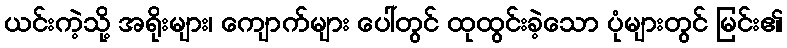
ယင်းကဲ့သို့ အရိုးများ၊ ကျောက်များ ပေါ်တွင် ထုထွင်းခဲ့သော ပုံများတွင် မြင်း၏